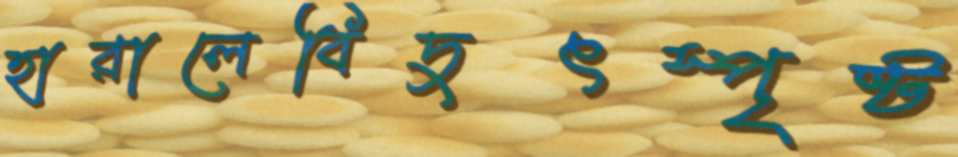
হারালেবিদুৎস্পৃষ্ট